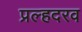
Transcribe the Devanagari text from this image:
प्रल्हदरव